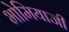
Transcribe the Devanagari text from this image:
भोमियाजी